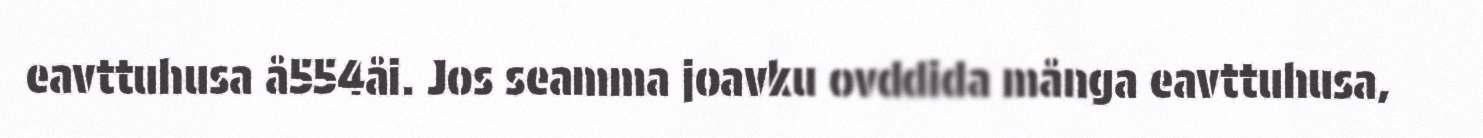
eavttuhusa å554åi. Jos seamma joavku ovddida många eavttuhusa,